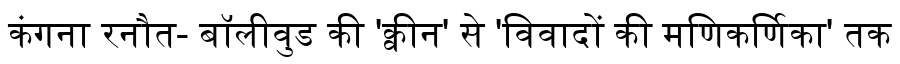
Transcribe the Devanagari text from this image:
कंगना रनौत- बॉलीवुड की 'क्वीन' से 'विवादों की मणिकर्णिका' तक